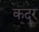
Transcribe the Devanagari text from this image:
कदूर